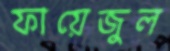
ফায়েজুল